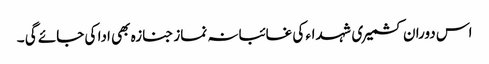
اس دوران کشمیری شہداء کی غائبانہ نماز جنازہ بھی ادا کی جائے گی ۔